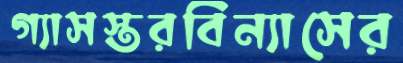
গ্যাসস্তরবিন্যাসের